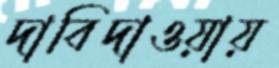
দাবিদাওয়ায়